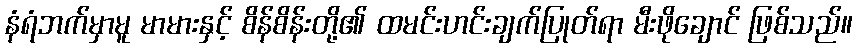
နံရံဘက်မှာမူ မာမားနှင့် စိန်စိန်းတို့၏ ထမင်းဟင်းချက်ပြုတ်ရာ မီးဖိုချောင် ဖြစ်သည်။